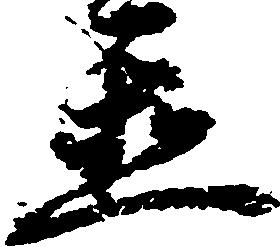
置